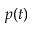
p ( t )